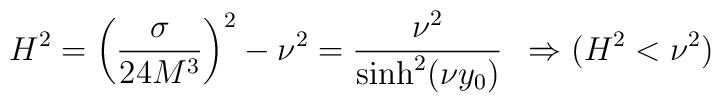
H^2=\left(\frac{\sigma}{24M^3}\right)^2-\nu^2=\frac{\nu^2}{\sinh^2(\nu y_0)}\,\,\,\Rightarrow (H^2<\nu^2)